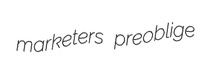
marketers preoblige